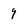
Character: 9